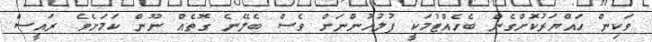
ވަކިން ހައްޔަރުކޮށްގެން ބެހެއްޓުމަކީ ފުލުހުންނަށް ވެސް ބެލޭނެ ގޮތެއް ނޫން ކަމަށެވެ. ރައީސް